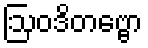
ဩဝဒိတဗ္ဗော